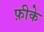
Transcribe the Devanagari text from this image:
फ़ीके